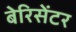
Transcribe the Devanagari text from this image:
बेरिसेंटर